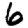
Digit: 6